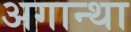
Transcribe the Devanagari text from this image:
अगान्था